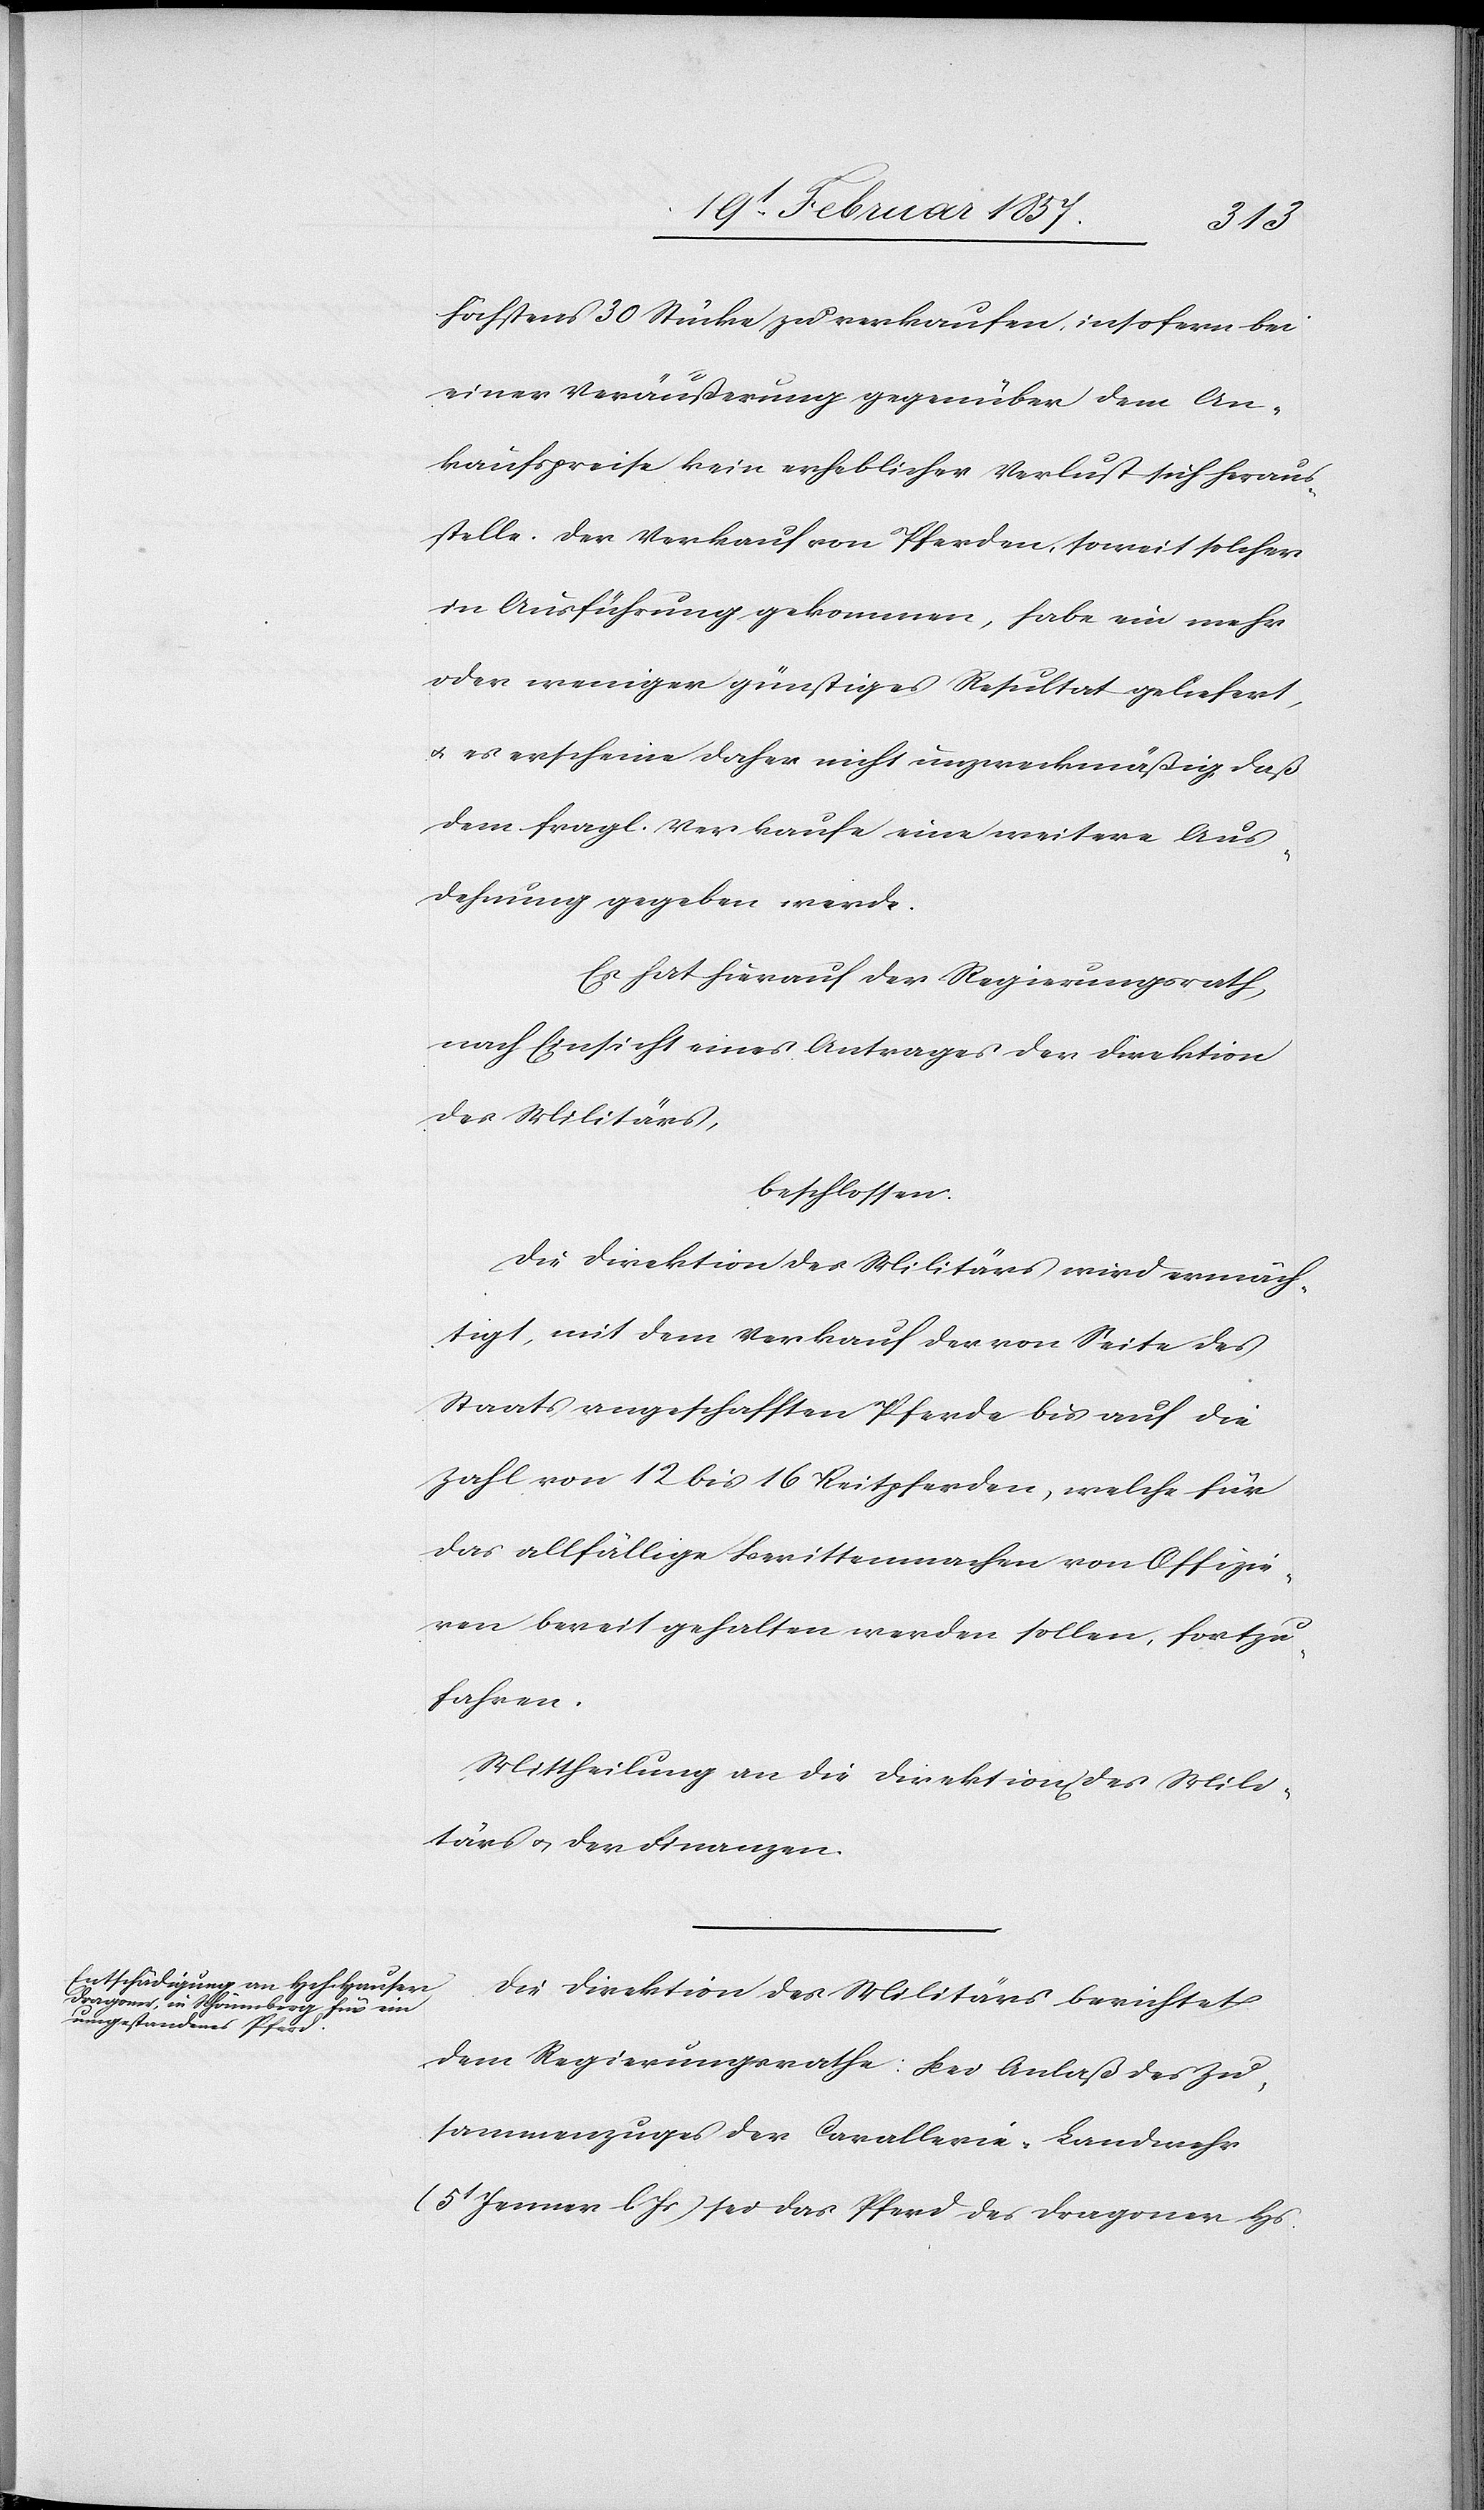
höchstens 30 Stück zu verkaufen, insofern bei
einer Veräußerung gegenüber dem An¬
kaufspreise kein erheblicher Verlust sich heraus¬
stelle. Der Verkauf von Pferden, soweit solcher
in Ausführung gekommen, habe ein mehr
oder weniger günstiges Resultat geliefert,
u. es erscheine daher nicht unzweckmäßig daß
dem fragl. Verkaufe eine weitere Aus¬
dehnung gegeben werde.
Es hat hierauf der Regierungsrath
nach Einsicht eines Antrages der Direktion
des Militärs,
beschlossen:
Die Direktion des Militärs wird ermäch¬
tigt, mit dem Verkauf der von Seite des
Staats angeschafften Pferde bis auf die
Zahl von 12 bis 16 Reitpferden, welche für
das allfällige Berittenmachen von Offizie¬
ren bereit gehalten werden sollen, fortzu¬
fahren.
Mittheilung an die Direktion des Mili¬
tärs u. der Finanzen.
Die Direktion des Militärs berichtet
dem Regierungsrathe: Bei Anlaß des Zu¬
sammenzuges der Cavallerie-Landwehr
(5t Jenner l. Js) sei das Pferd des Dragoner Hs.